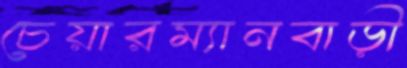
চেয়ারম্যানবাড়ী